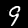
Label: 9